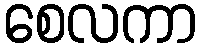
စေလကာ